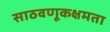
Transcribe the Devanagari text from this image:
साठवणूकक्षमता